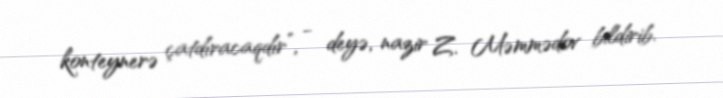
konteynerə çatdıracaqdır”, - deyə, nazir Z. Məmmədov bildirib.